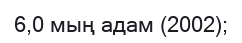
6,0 мың адам (2002);